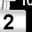
Digit: 2